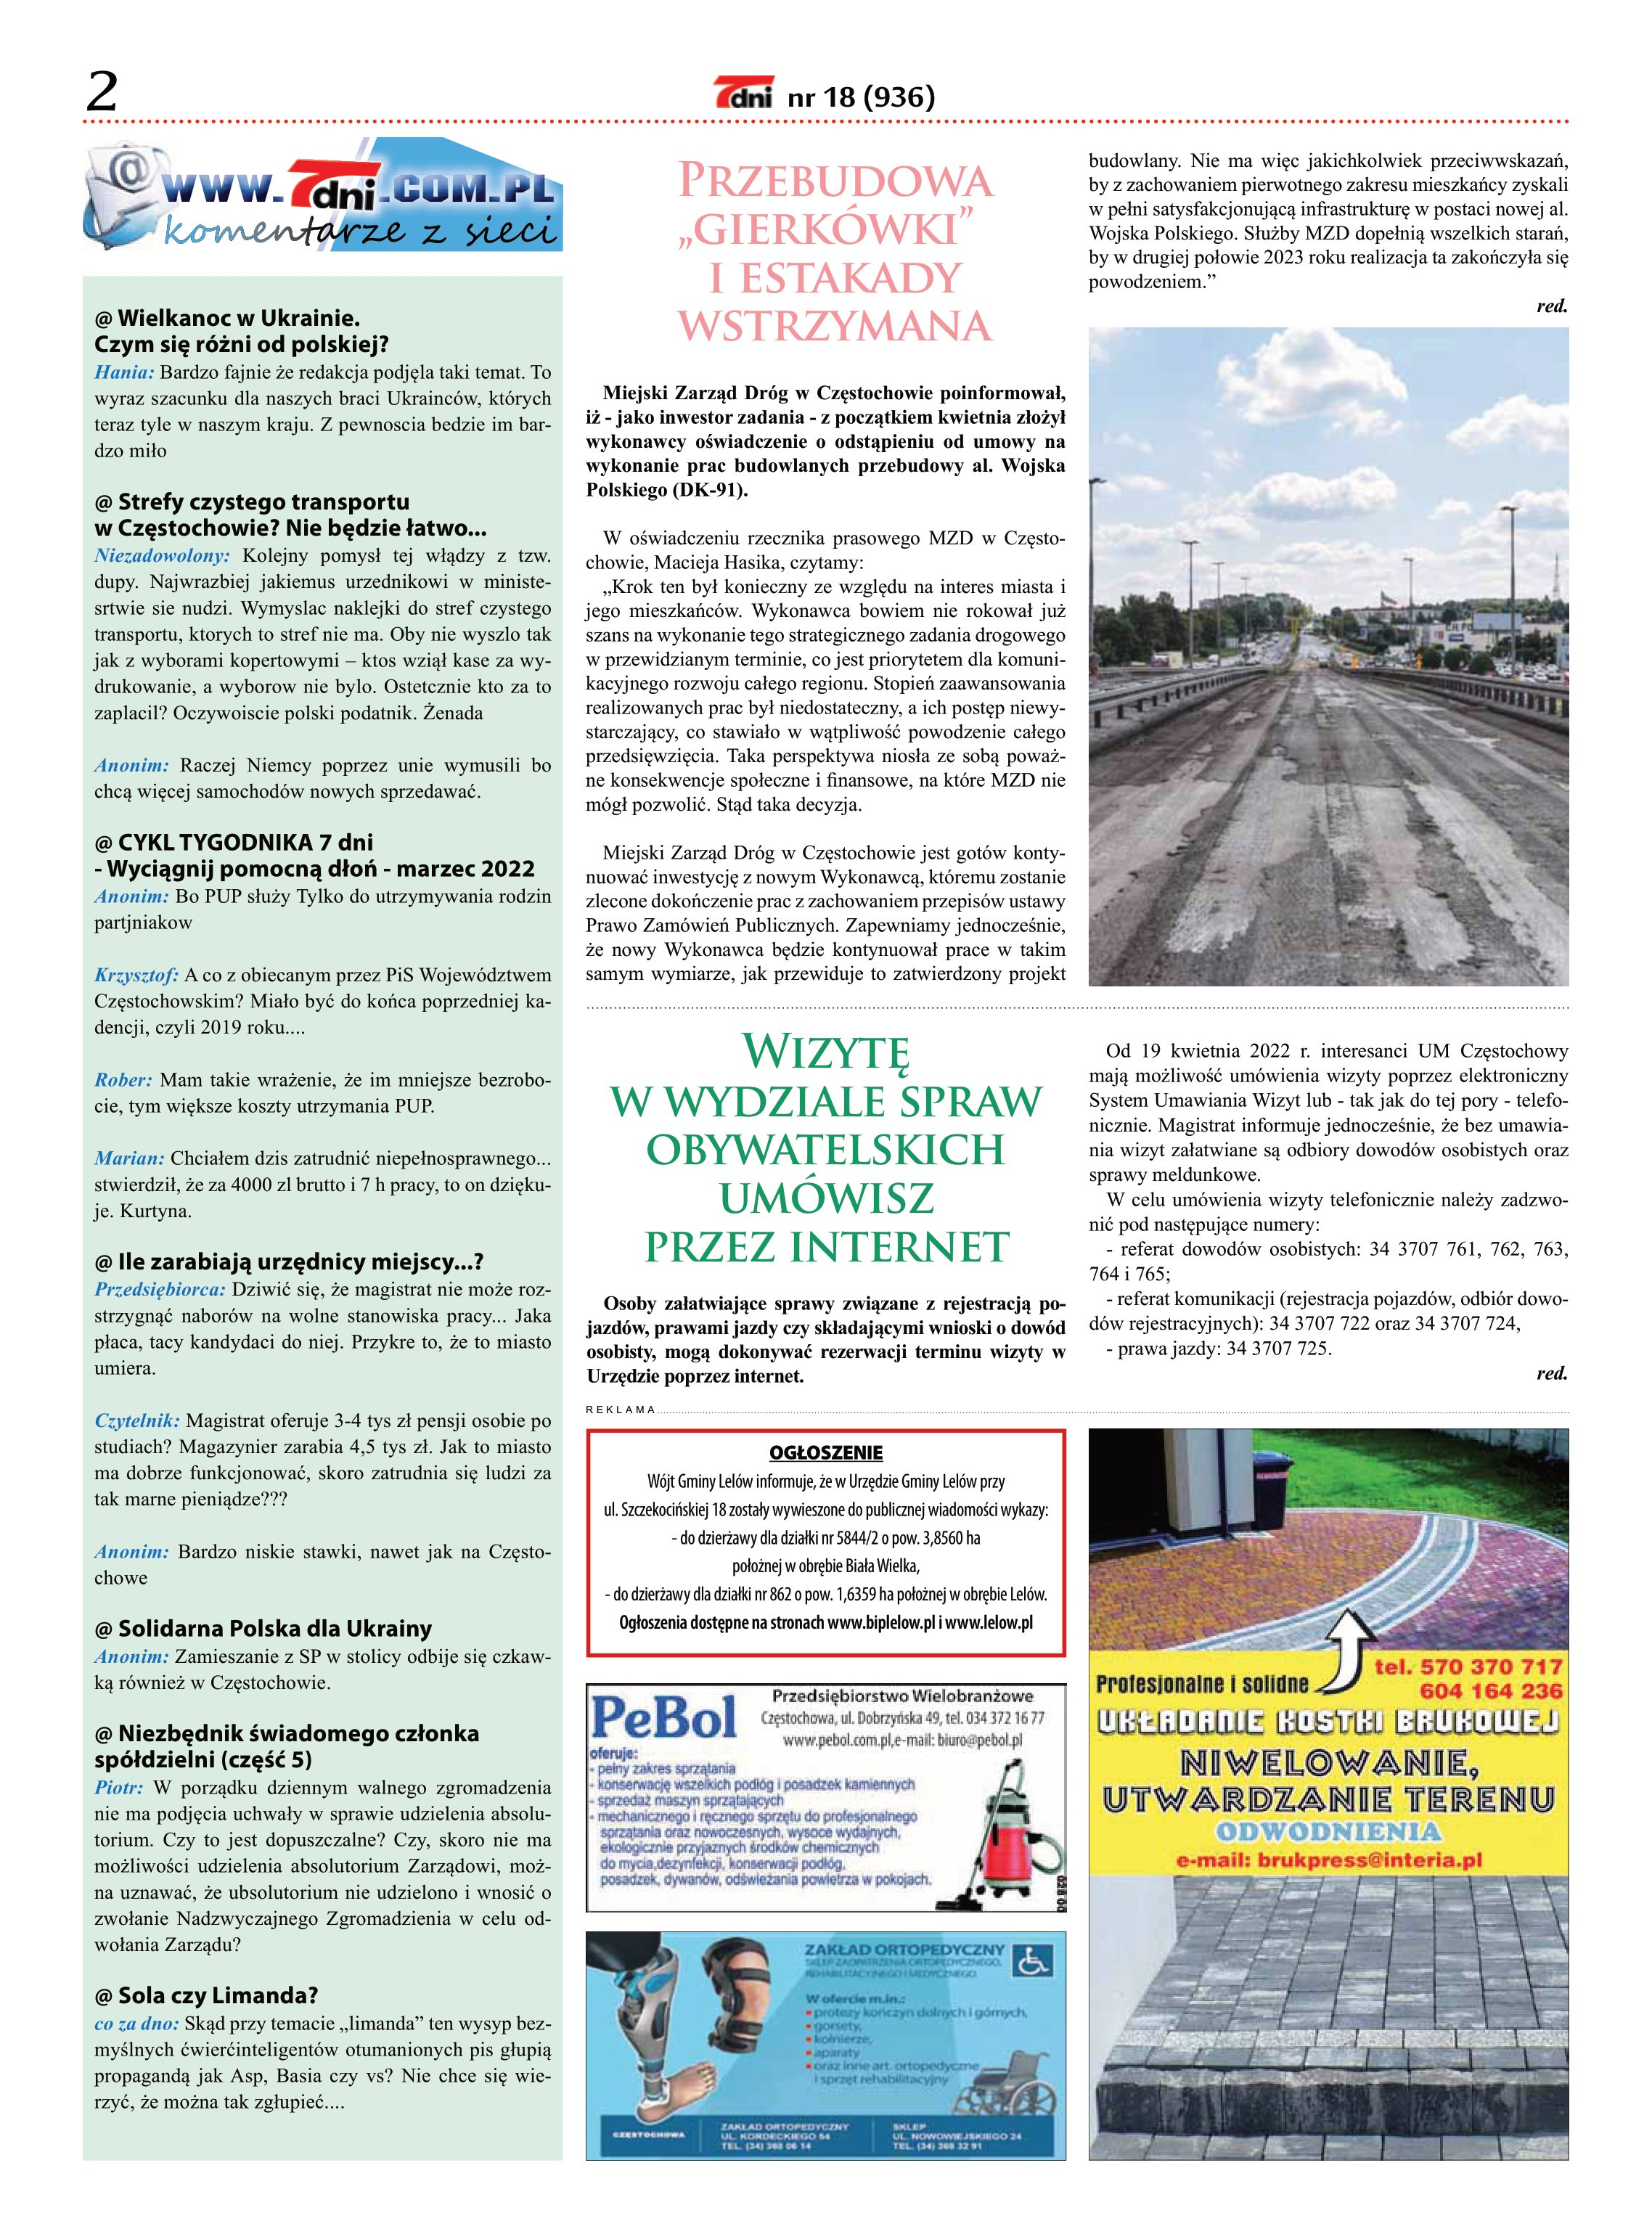
Language: pl